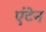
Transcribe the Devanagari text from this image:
एंटेन